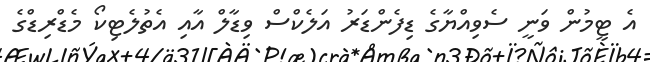
އެ ޓީމުން ވަނީ ސެވިއްޔާގެ ޑިފެންޑަރު އަލެކްސް ވިޑާލް އާއި އެތުލެޓިކޯ މެޑްރިޑްގެ